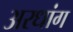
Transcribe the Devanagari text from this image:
अरधांग